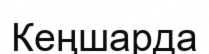
Кеңшарда